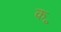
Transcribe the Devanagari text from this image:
क॰